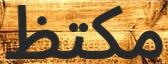
مكتظ